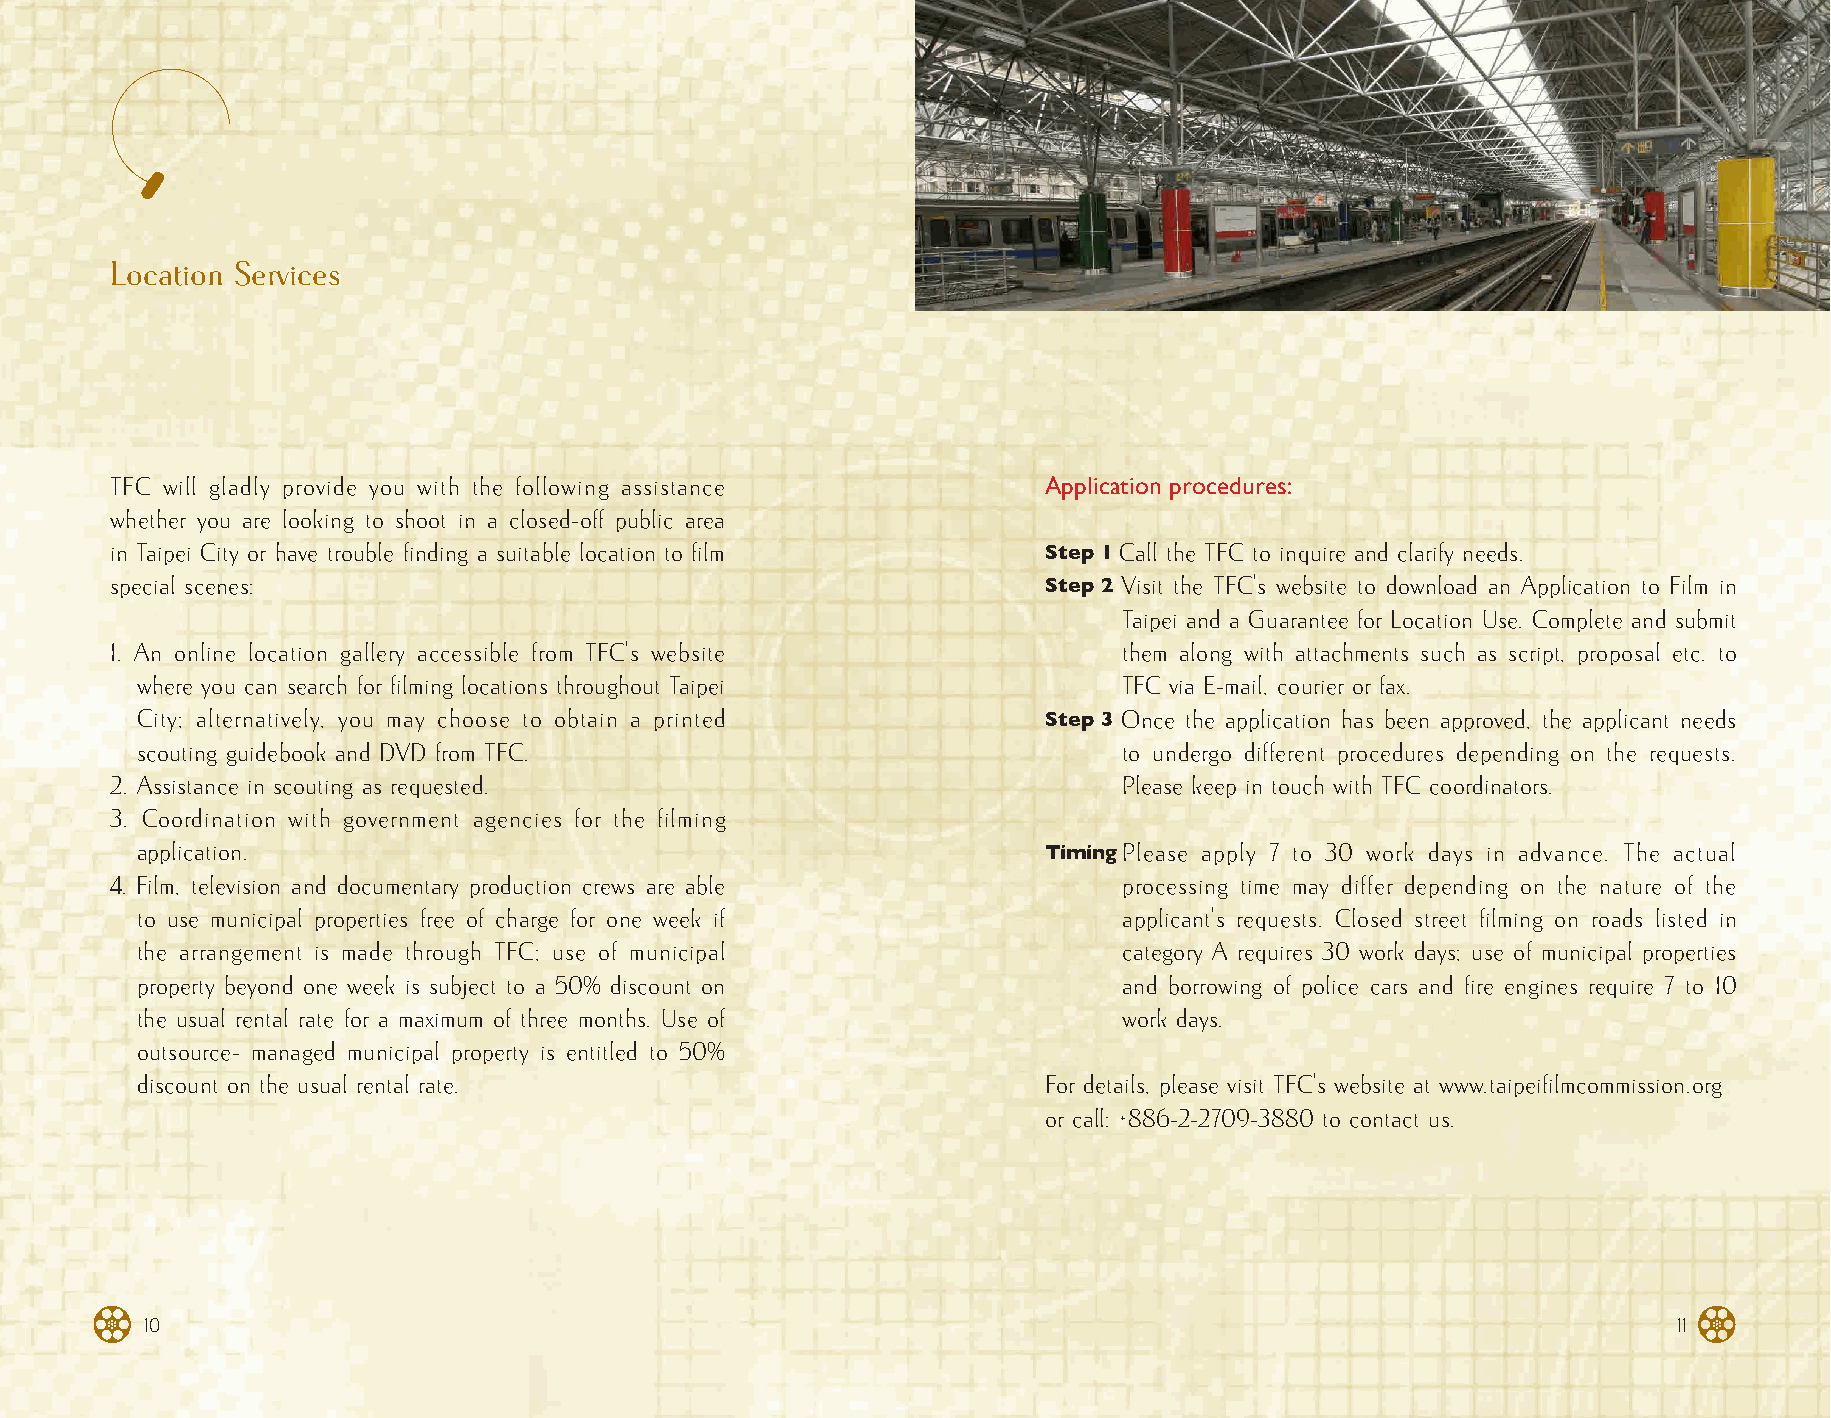
Location Services
 TFC will gladly provide you with the following assistance     Application procedures:
 whether you are looking to shoot in a closed-off public area
 in Taipei City or have trouble finding a suitable location to film Step 1 Call the TFC to inquire and clarify needs.
 special scenes:                                               Step 2 Visit the TFC's website to download an Application to Film in
 Taipei and a Guarantee for Location Use. Complete and submit
 1. An online location gallery accessible from TFC's website        them along with attachments such as script, proposal etc. to
 where you can search for filming locations throughout Taipei     TFC via E-mail, courier or fax.
 City; alternatively, you may choose to obtain a printed     Step 3 Once the application has been approved, the applicant needs
 scouting guidebook and DVD from TFC.                             to undergo different procedures depending on the requests.
 2. Assistance in scouting as requested.                            Please keep in touch with TFC coordinators.
 3. Coordination with government agencies for the filming
 application.                                                Timing Please apply 7 to 30 work days in advance. The actual
 4. Film, television and documentary production crews are able      processing time may differ depending on the nature of the
 to use municipal properties free of charge for one week if       applicant's requests. Closed street filming on roads listed in
 the arrangement is made through TFC; use of municipal            category A requires 30 work days; use of municipal properties
 property beyond one week is subject to a 50% discount on         and borrowing of police cars and fire engines require 7 to 10
 the usual rental rate for a maximum of three months. Use of      work days.
 outsource- managed municipal property is entitled to 50%
 discount on the usual rental rate.                          For details, please visit TFC's website at www.taipeifilmcommission.org
 or call: +886-2-2709-3880 to contact us.
 10                                                                                                   11